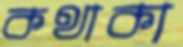
কথাকা